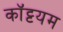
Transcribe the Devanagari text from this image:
कॉट्टयम